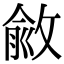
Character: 𢾄